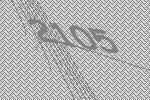
2105